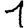
Digit: 1